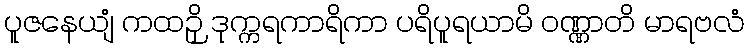
ပူဇနေယျံ ကထဉှိ ဒုက္ကရကာရိကာ ပရိပူရယာမိ ဝဏ္ဏာတိ မာရဗလံ